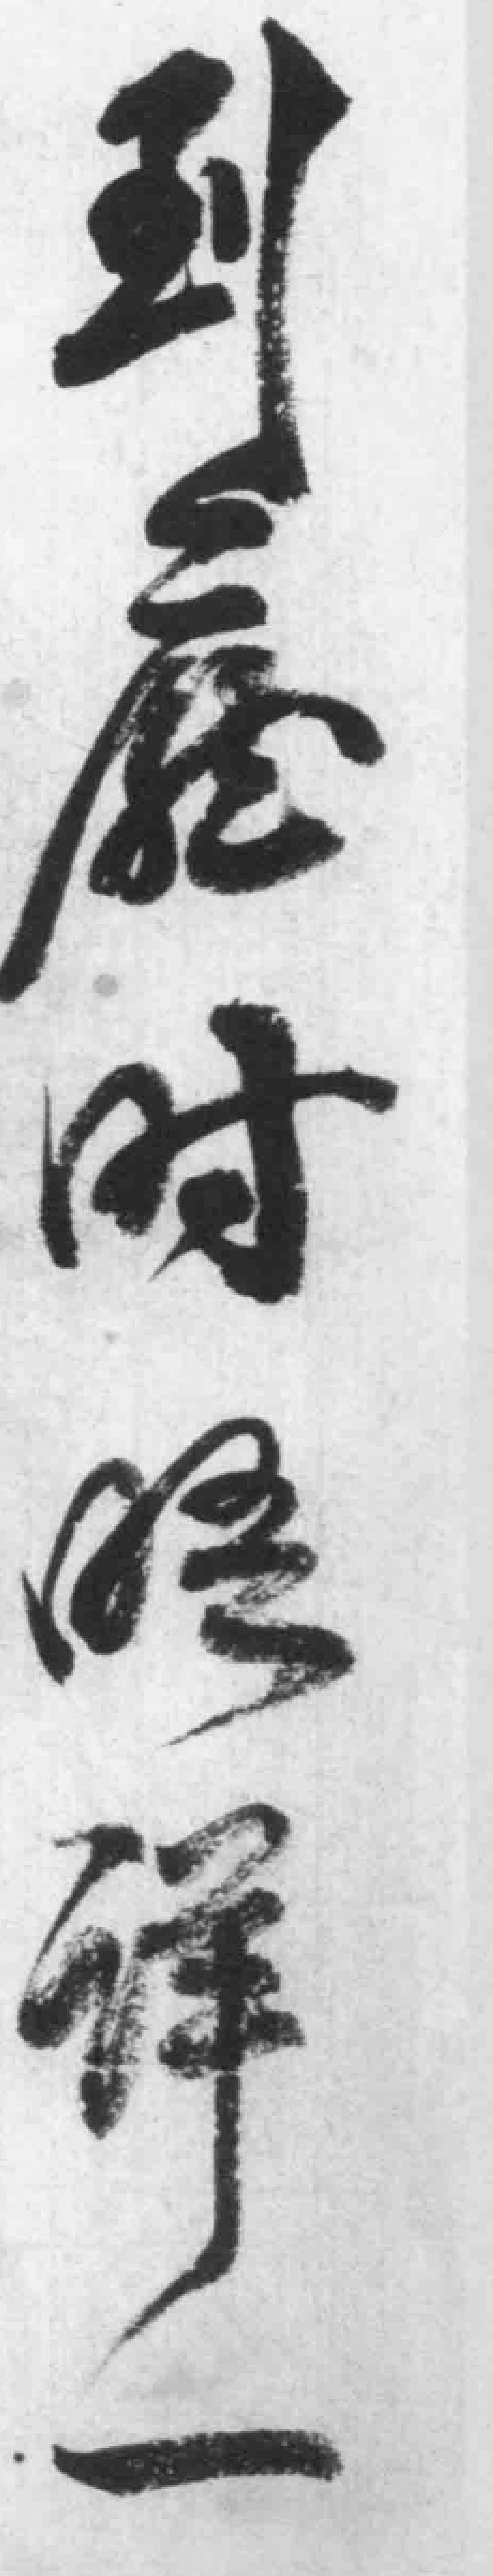
到廳时*详一